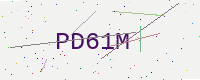
Text: PD61M